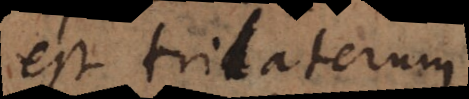
est trilaterum;